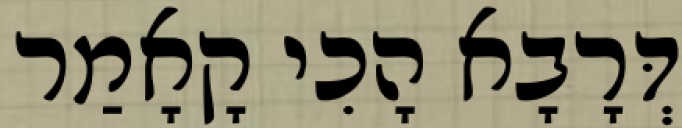
דְּרָבָא הָכִי קָאָמַר